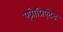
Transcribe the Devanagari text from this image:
एप्रोप्रिएटेड